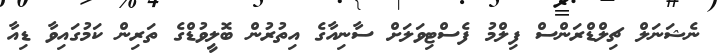
ނެޝަނަލް ޗިލްޑްރަންސް ފިލްމު ފެސްޓިވަލަށް ސާނިއާގެ އިތުރުން ބޮލީވުޑްގެ ތަރިން ކަމުގައިވާ ޑިއާ